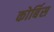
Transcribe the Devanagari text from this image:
कोर्बिस